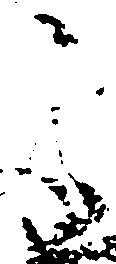
之